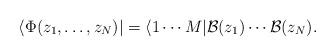
LaTeX: \begin{align*}\langle \Phi(z_1,\dots,z_N)|=\langle 1 \cdots M|\mathcal{B}(z_1) \cdots \mathcal{B}(z_N).\end{align*}